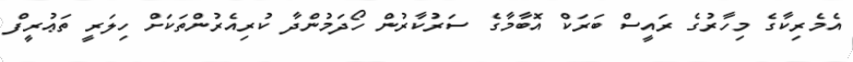
އެމެރިކާގެ މިހާރުގެ ރައީސް ބަރަކް އޮބާމާގެ ސަރުކާރުން ހޯދަމުންދާ ކުރިއެރުންތަކަށް ހިލަރީ ތަޢުރީފް